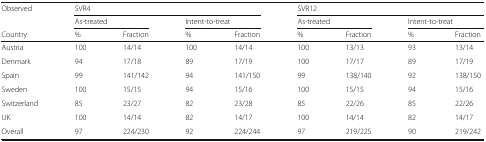
| Observed | <COLSPAN=4> SVR4 | <COLSPAN=4> SVR12 |
 |  | <COLSPAN=2> As-treated | <COLSPAN=2> Intent-to-treat | <COLSPAN=2> As-treated | <COLSPAN=2> Intent-to-treat |
 | Country | % | Fraction | % | Fraction | % | Fraction | % | Fraction |
 | --- | --- | --- | --- | --- | --- | --- | --- | --- |
 | Austria | 100 | 14/14 | 100 | 14/14 | 100 | 13/13 | 93 | 13/14 |
 | Denmark | 94 | 17/18 | 89 | 17/19 | 100 | 17/17 | 89 | 17/19 |
 | Spain | 99 | 141/142 | 94 | 141/150 | 99 | 138/140 | 92 | 138/150 |
 | Sweden | 100 | 15/15 | 94 | 15/16 | 100 | 15/15 | 94 | 15/16 |
 | Switzerland | 85 | 23/27 | 82 | 23/28 | 85 | 22/26 | 85 | 22/26 |
 | UK | 100 | 14/14 | 82 | 14/17 | 100 | 14/14 | 82 | 14/17 |
 | Overall | 97 | 224/230 | 92 | 224/244 | 97 | 219/225 | 90 | 219/242 |